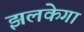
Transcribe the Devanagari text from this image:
झलकेगा